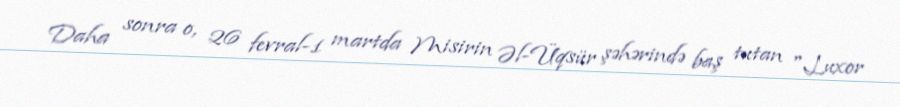
Daha sonra o, 26 fevral-1 martda Misirin Əl-Üqsür şəhərində baş tutan "Luxor